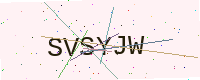
Text: SVSYJW